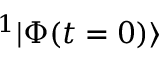
{ ^ 1 | \Phi ( t = 0 ) \rangle }